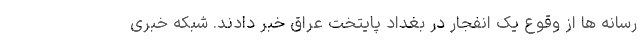
رسانه ها از وقوع یک انفجار در بغداد پایتخت عراق خبر دادند. شبکه خبری